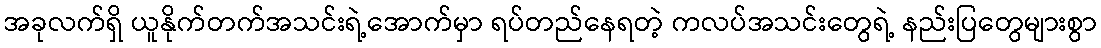
အခုလက်ရှိ ယူနိုက်တက်အသင်းရဲ့အောက်မှာ ရပ်တည်နေရတဲ့ ကလပ်အသင်းတွေရဲ့ နည်းပြတွေများစွာ